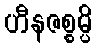
ဟီနဇစ္စမ္ပိ